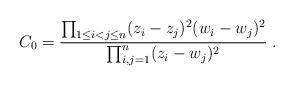
LaTeX: \begin{align*}C_0 =\frac{\prod_{1 \leq i < j \leq n} (z_i - z_j )^2 ( w_i - w_j )^2 }{\prod_{i,j = 1}^n ( z_i - w_j )^2 } \; .\end{align*}